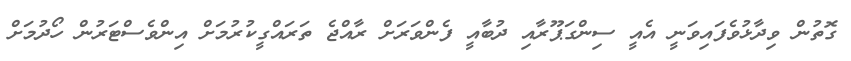
ގޮތުން ވިދާޅުވެފައިވަނީ އެއީ ސިންގަޕޫރާއި ދުބާއީ ފެންވަރަށް ރާއްޖެ ތަރައްގީކުރުމަށް އިންވެސްޓަރުން ހޯދުމަށް